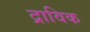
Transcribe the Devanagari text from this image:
द्राविक